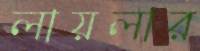
লায়লার